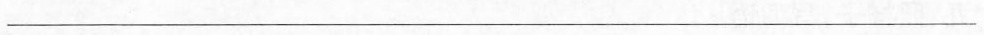
___